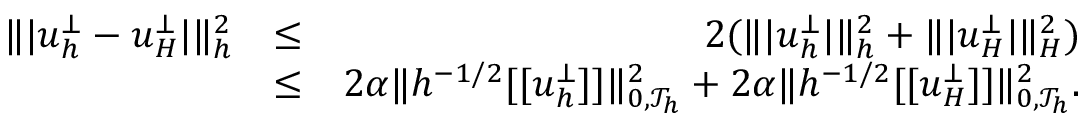
\begin{array} { r l r } { \| \vert \boldsymbol { u } _ { h } ^ { \bot } - \boldsymbol { u } _ { H } ^ { \bot } \vert \| _ { h } ^ { 2 } } & { \leq } & { 2 ( \| \vert \boldsymbol { u } _ { h } ^ { \bot } \vert \| _ { h } ^ { 2 } + \| \vert \boldsymbol { u } _ { H } ^ { \bot } \vert \| _ { H } ^ { 2 } ) } \\ & { \leq } & { 2 \alpha \| h ^ { - 1 / 2 } [ [ \boldsymbol { u } _ { h } ^ { \bot } ] ] \| _ { 0 , \mathcal { T } _ { h } } ^ { 2 } + 2 \alpha \| h ^ { - 1 / 2 } [ [ \boldsymbol { u } _ { H } ^ { \bot } ] ] \| _ { 0 , \mathcal { T } _ { h } } ^ { 2 } . } \end{array}